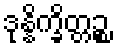
ဒုန္နိက္ခိတ္တဉ္စ